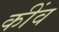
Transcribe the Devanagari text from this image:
कींव